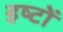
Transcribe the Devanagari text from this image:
इष्‍टों